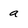
Character: a